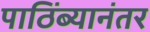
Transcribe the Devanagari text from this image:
पाठिंब्यानंतर